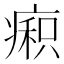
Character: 𰣼